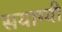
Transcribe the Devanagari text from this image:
सयाग्यी